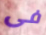
فى